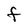
Character: F